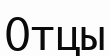
Отцы